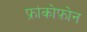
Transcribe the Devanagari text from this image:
फ्रांकोफ़ोन